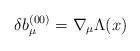
\begin{align*}\delta b_\mu^{(00)} = \nabla_\mu \Lambda(x)\end{align*}